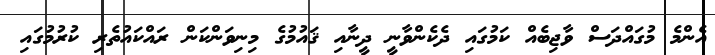
އެންމެ މުގައްދަސް ވާޖިބެއް ކަމުގައި ދެކެންވާނީ ދީނާއި ޤައުމުގެ މިނިވަންކަން ރައްކައުތެރި ކުރުމުގައި